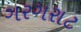
ગરગરાટ